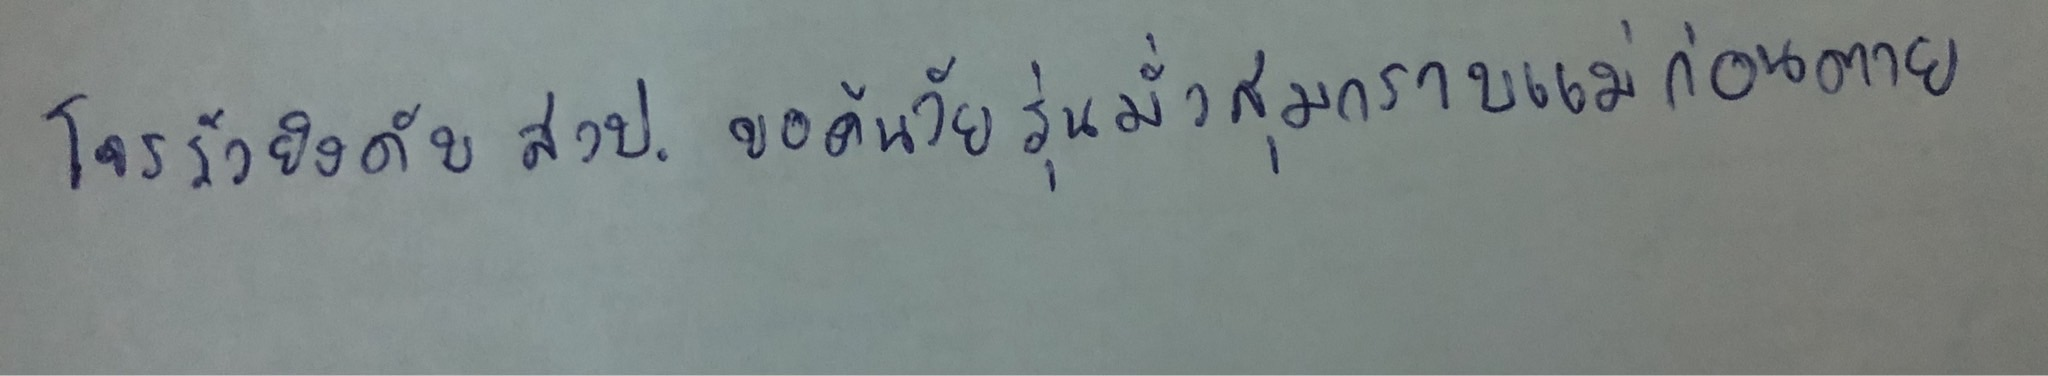
โจรรัวยิงดับสวป.ขอค้นวัยรุ่นมั่วสุมกราบแม่ก่อนตาย